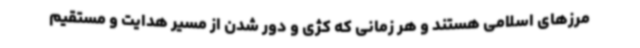
مرزهای اسلامی هستند و هر زمانی که کژی و دور شدن از مسیر هدایت و مستقیم